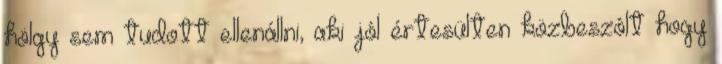
hölgy sem tudott ellenállni, aki jól értesülten közbeszólt hogy